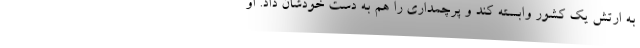
به ارتش یک کشور وابسته کند و پرچمداری را هم به دست خودشان داد. او